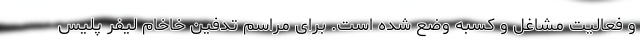
و فعالیت مشاغل و کسبه وضع شده است. برای مراسم تدفین خاخام لیفر پلیس